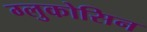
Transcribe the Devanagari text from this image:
ग्लुकोसिन